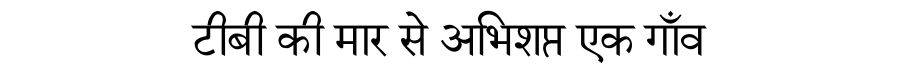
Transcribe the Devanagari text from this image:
टीबी की मार से अभिशप्त एक गाँव